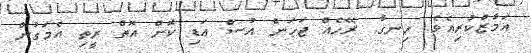
އަމާޒްކުރިއެވެ. ހިނގާ. ރޭހެއް ޖަހަން އުސް އަޑި ކޮށް އޮތް ރީތި އެމަގުން